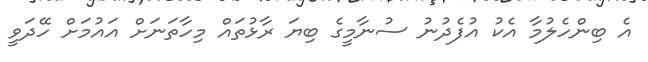
އެ ބިންހެލުމާ އެކު އުފެދުނު ސުނާމީގެ ބިޔަ ރާޅުތައް މިހާތަނަށް އައުމަށް ހޭދަވީ